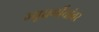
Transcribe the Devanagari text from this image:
ज्यूधर्मीयांवर